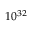
1 0 ^ { 3 2 }